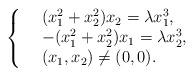
LaTeX: \begin{align*}\left\{\begin{array}{rl}&(x_1^2+x_2^2)x_2=\lambda x_1^3,\\&-(x_1^2+x_2^2)x_1=\lambda x_2^3,\\& (x_1, x_2) \ne (0, 0).\end{array}\right.\end{align*}